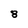
Character: 8